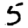
Digit: 5